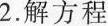
2.解方程